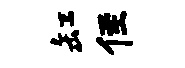
缸侄